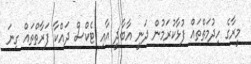
މީރާގެ ހިދުމަތްތައް ފުޅާކުރަމުން ދަނީ އާބާދީ އާއި ޓެކްސް ދައްކާ ފަރާތްތައް ގިނަ